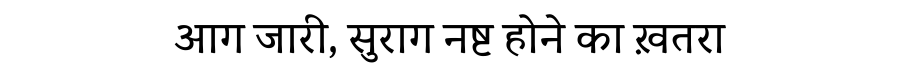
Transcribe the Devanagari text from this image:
आग जारी, सुराग नष्ट होने का ख़तरा